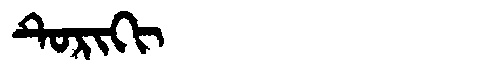
Manchu: ᡨᡠᡵᡳᡴᡳ
Romanization: TURIKI